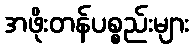
အဖိုးတန်ပစ္စည်းများ